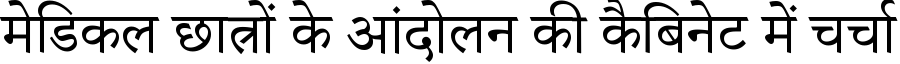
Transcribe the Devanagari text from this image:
मेडिकल छात्रों के आंदोलन की कैबिनेट में चर्चा